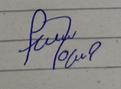
Signature authenticity: forged